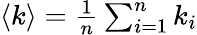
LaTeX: \begin{array}{r}{\langle k\rangle=\frac{1}{n}\sum_{i=1}^{n}k_{i}}\end{array}